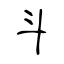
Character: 斗